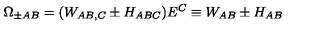
\Omega _ { \pm A B } = ( W _ { A B , C } \pm H _ { A B C } ) E ^ { C } \equiv W _ { A B } \pm H _ { A B }